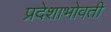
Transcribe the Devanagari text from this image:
प्रदेशाभोवती